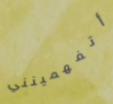
أتفهمينني